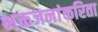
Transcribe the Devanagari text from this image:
भक्तजनांकरिता